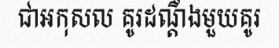
ជាអកុសល គូរដណ្តឹងមួយគូរ